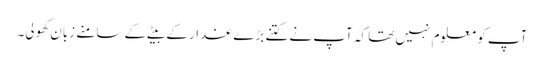
آپ کو معلوم نہیں تھا کہ آپ نے کتنے بڑے غدار کے بیٹے کے سامنے زبان کھولی۔